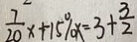
\frac { 7 } { 2 0 } x + 1 5 \% x = 3 + \frac { 3 } { 2 }